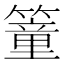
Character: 𥳘